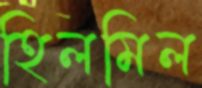
হিলমিল